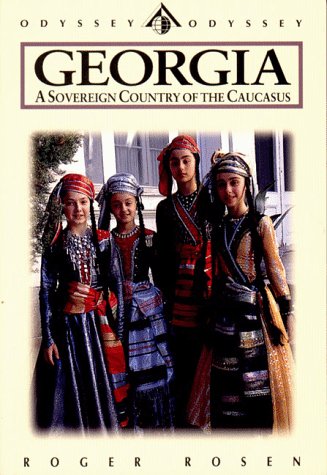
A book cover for Georgia: A Sovereign Country of the Caucasus; Roger Rosen; Travel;